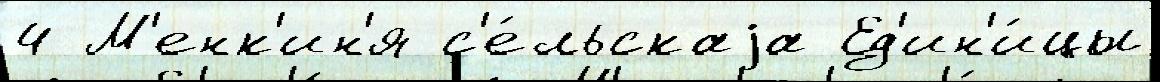
4 М'енк'ин'я с'е́льскаjа Ед'ин'и́цы